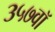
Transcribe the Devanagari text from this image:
३५७वॉ